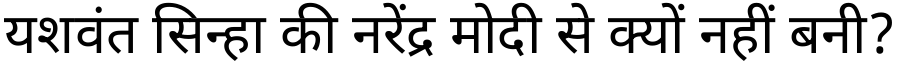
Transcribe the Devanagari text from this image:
यशवंत सिन्हा की नरेंद्र मोदी से क्यों नहीं बनी?